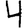
Digit: 4